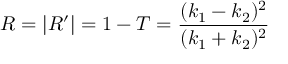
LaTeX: R = | R ^ { \prime } | = 1 - T = { \frac { ( k _ { 1 } - k _ { 2 } ) ^ { 2 } } { ( k _ { 1 } + k _ { 2 } ) ^ { 2 } } }